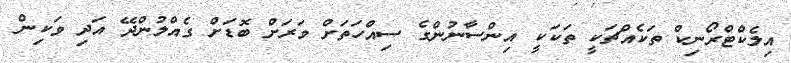
އިލެކްޓްރޯނިކް ތަކެއްޗަކީ ތަކަކީ އިންސާނުންގެ ސިއްހަތަށް ވަރަށް ބޮޑަށް ގެއްލުންދޭ އަދި ވަކިން